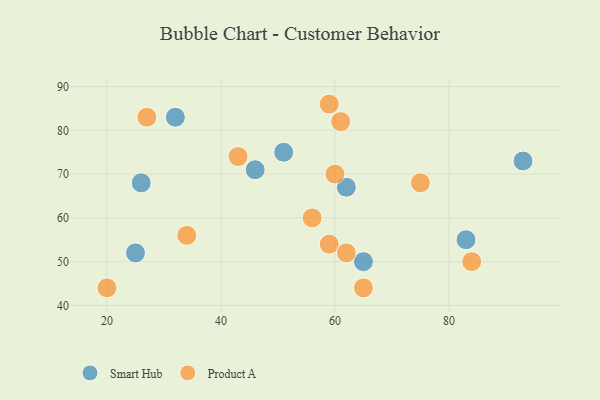
{"axis": {"x": "GDP", "y": "Life Expectancy"}, "legend": ["Product A", "Smart Hub"], "data": [{"x": "46", "y": 71, "type": "Smart Hub"}, {"x": "62", "y": 67, "type": "Smart Hub"}, {"x": "93", "y": 73, "type": "Smart Hub"}, {"x": "83", "y": 55, "type": "Smart Hub"}, {"x": "65", "y": 50, "type": "Smart Hub"}, {"x": "25", "y": 52, "type": "Smart Hub"}, {"x": "26", "y": 68, "type": "Smart Hub"}, {"x": "32", "y": 83, "type": "Smart Hub"}, {"x": "51", "y": 75, "type": "Smart Hub"}, {"x": "75", "y": 68, "type": "Product A"}, {"x": "59", "y": 54, "type": "Product A"}, {"x": "56", "y": 60, "type": "Product A"}, {"x": "27", "y": 83, "type": "Product A"}, {"x": "20", "y": 44, "type": "Product A"}, {"x": "43", "y": 74, "type": "Product A"}, {"x": "34", "y": 56, "type": "Product A"}, {"x": "61", "y": 82, "type": "Product A"}, {"x": "65", "y": 44, "type": "Product A"}, {"x": "62", "y": 52, "type": "Product A"}, {"x": "60", "y": 70, "type": "Product A"}, {"x": "84", "y": 50, "type": "Product A"}, {"x": "59", "y": 86, "type": "Product A"}]}